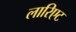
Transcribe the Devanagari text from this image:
लारिएट